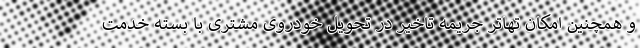
و همچنین امکان تهاتر جریمه تاخیر در تحویل خودروی مشتری با بسته خدمت